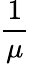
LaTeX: \frac{1}{\mu}